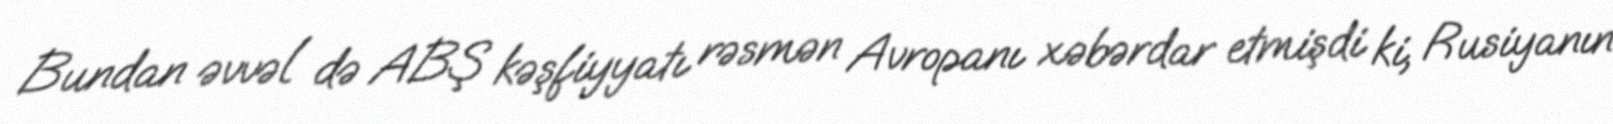
Bundan əvvəl də ABŞ kəşfiyyatı rəsmən Avropanı xəbərdar etmişdi ki, Rusiyanın